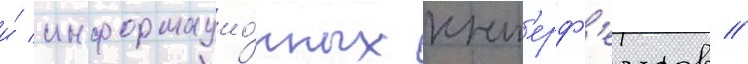
и́ информацио́нных инт'ерф'еисов //